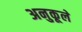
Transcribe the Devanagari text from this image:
अनुकूले